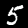
Label: 5